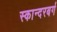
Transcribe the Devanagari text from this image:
स्कान्दरबर्ग